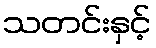
သတင်းနှင့်